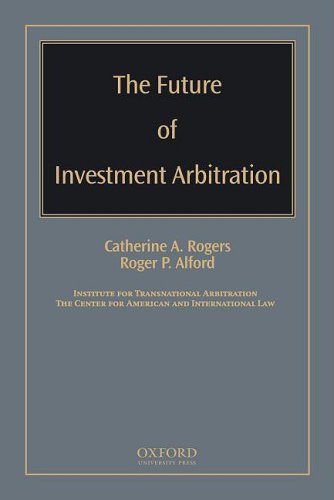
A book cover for The Future of Investment Arbitration; Law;